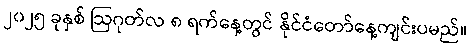
၂၀၂၅ ခုနှစ် ဩဂုတ်လ ၈ ရက်နေ့တွင် နိုင်ငံတော်နေ့ကျင်းပမည်။